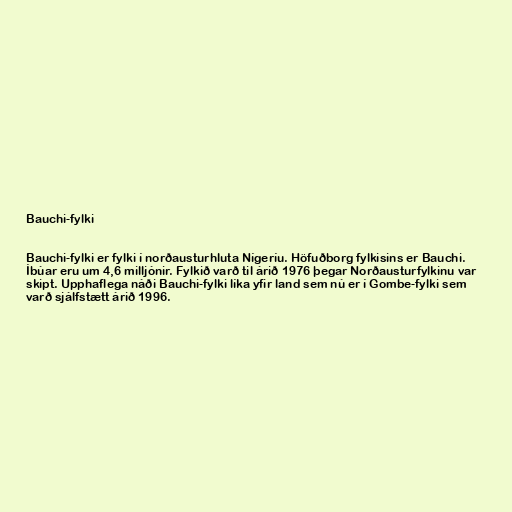
Bauchi-fylki

Bauchi-fylki er fylki í norðausturhluta Nígeríu. Höfuðborg fylkisins er Bauchi.
Íbúar eru um 4,6 milljónir. Fylkið varð til árið 1976 þegar Norðausturfylkinu var
skipt. Upphaflega náði Bauchi-fylki líka yfir land sem nú er í Gombe-fylki sem
varð sjálfstætt árið 1996.